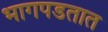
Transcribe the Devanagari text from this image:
भागपडतात